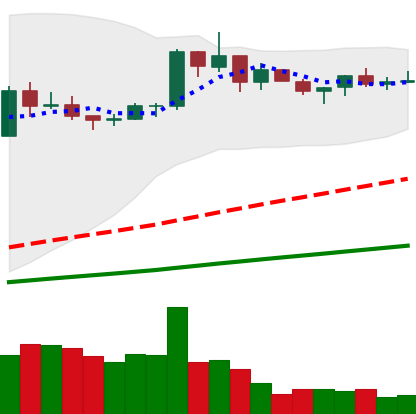
Ticker: BNB-USD
Chart end date: 2021-03-20
Forward return: -11.278%
Label: down_7plus